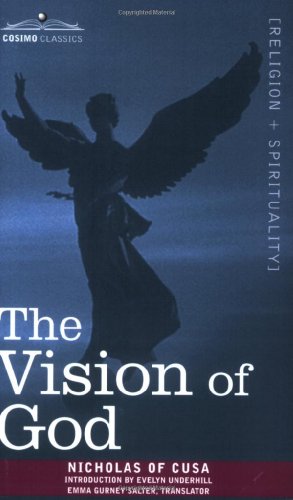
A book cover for The Vision of God; Nicholas of Cusa; Religion & Spirituality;